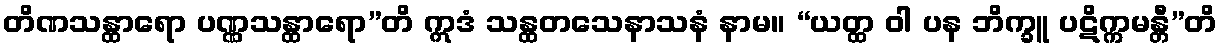
တိဏသန္ထာရော ပဏ္ဏသန္ထာရော”တိ ဣဒံ သန္ထတသေနာသနံ နာမ။ “ယတ္ထ ဝါ ပန ဘိက္ခူ ပဋိက္ကမန္တီ”တိ